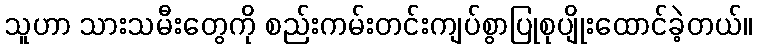
သူဟာ သားသမီးတွေကို စည်းကမ်းတင်းကျပ်စွာပြုစုပျိုးထောင်ခဲ့တယ်။